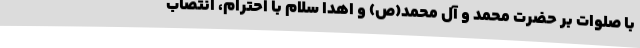
با صلوات بر حضرت محمد و آل محمد(ص) و اهدا سلام با احترام، انتصاب